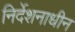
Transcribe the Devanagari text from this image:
निर्देशनाधीन